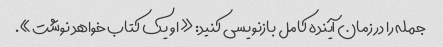
جمله را در زمان آینده کامل بازنویسی کنید: «او یک کتاب خواهد نوشت».